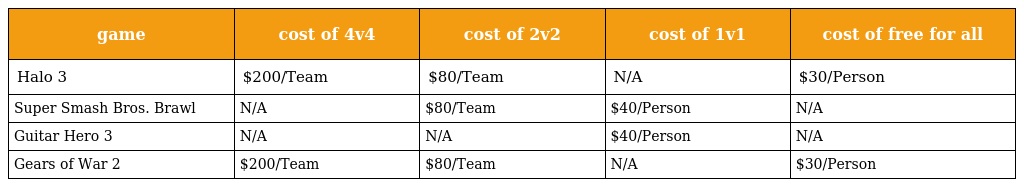
| game | cost of 4v4 | cost of 2v2 | cost of 1v1 | cost of free for all |
 | --- | --- | --- | --- | --- |
 | Halo 3 | $200/Team | $80/Team | N/A | $30/Person |
 | Super Smash Bros. Brawl | N/A | $80/Team | $40/Person | N/A |
 | Guitar Hero 3 | N/A | N/A | $40/Person | N/A |
 | Gears of War 2 | $200/Team | $80/Team | N/A | $30/Person |